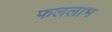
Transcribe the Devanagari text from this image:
फललाभ